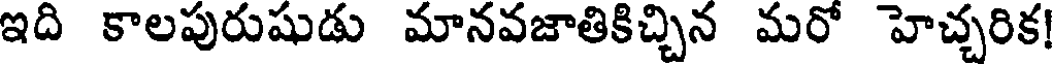
ఇది కాలపురుషుడు మానవజాతికిచ్చిన మరో హెచ్చరిక!